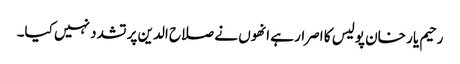
رحیم یار خان پولیس کا اصرار ہے انھوں نے صلاح الدین پر تشدد نہیں کیا۔